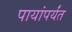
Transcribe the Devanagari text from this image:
पायांपर्यंत